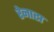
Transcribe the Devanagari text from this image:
रेनाटा